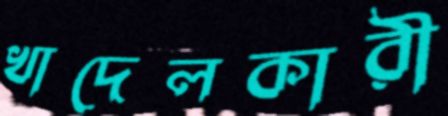
খাদেলকারী